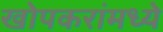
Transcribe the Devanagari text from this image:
खोपकरांमध्ये